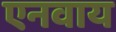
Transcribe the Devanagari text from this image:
एनवाय